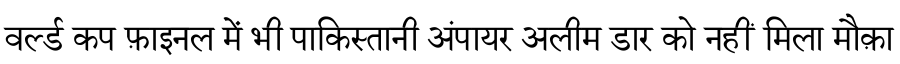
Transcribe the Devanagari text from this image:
वर्ल्ड कप फ़ाइनल में भी पाकिस्तानी अंपायर अलीम डार को नहीं मिला मौक़ा